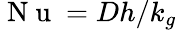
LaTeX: \mathrm{~N~u~}=Dh/k_{g}